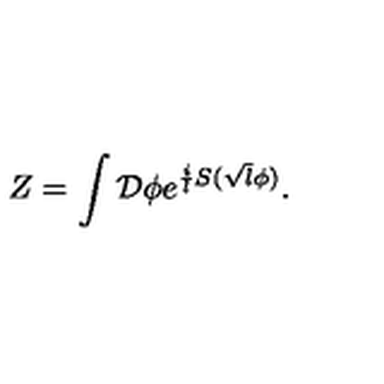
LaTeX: Z = \int { \cal D } \phi e ^ { { \frac { i } { l } } S ( \sqrt { l } \phi ) } .